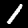
Label: 1